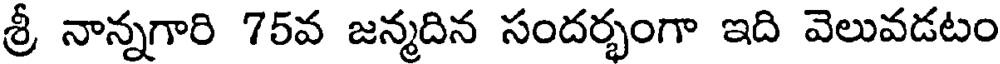
శ్రీ నాన్నగారి 75వ జన్మదిన సందర్భంగా ఇది వెలువడటం